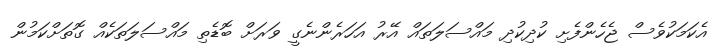
އެކަމަކުވެސް ޖެހެންފެށި ކުދިކުދި މައްސަލަތައް އޭރު އަހަރެންނެގީ ވަރަށް ބޮޑެތި މައްސަލަތަކެއް ގޮތަށްކަމުން